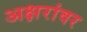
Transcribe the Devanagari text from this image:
अक्षरांवर